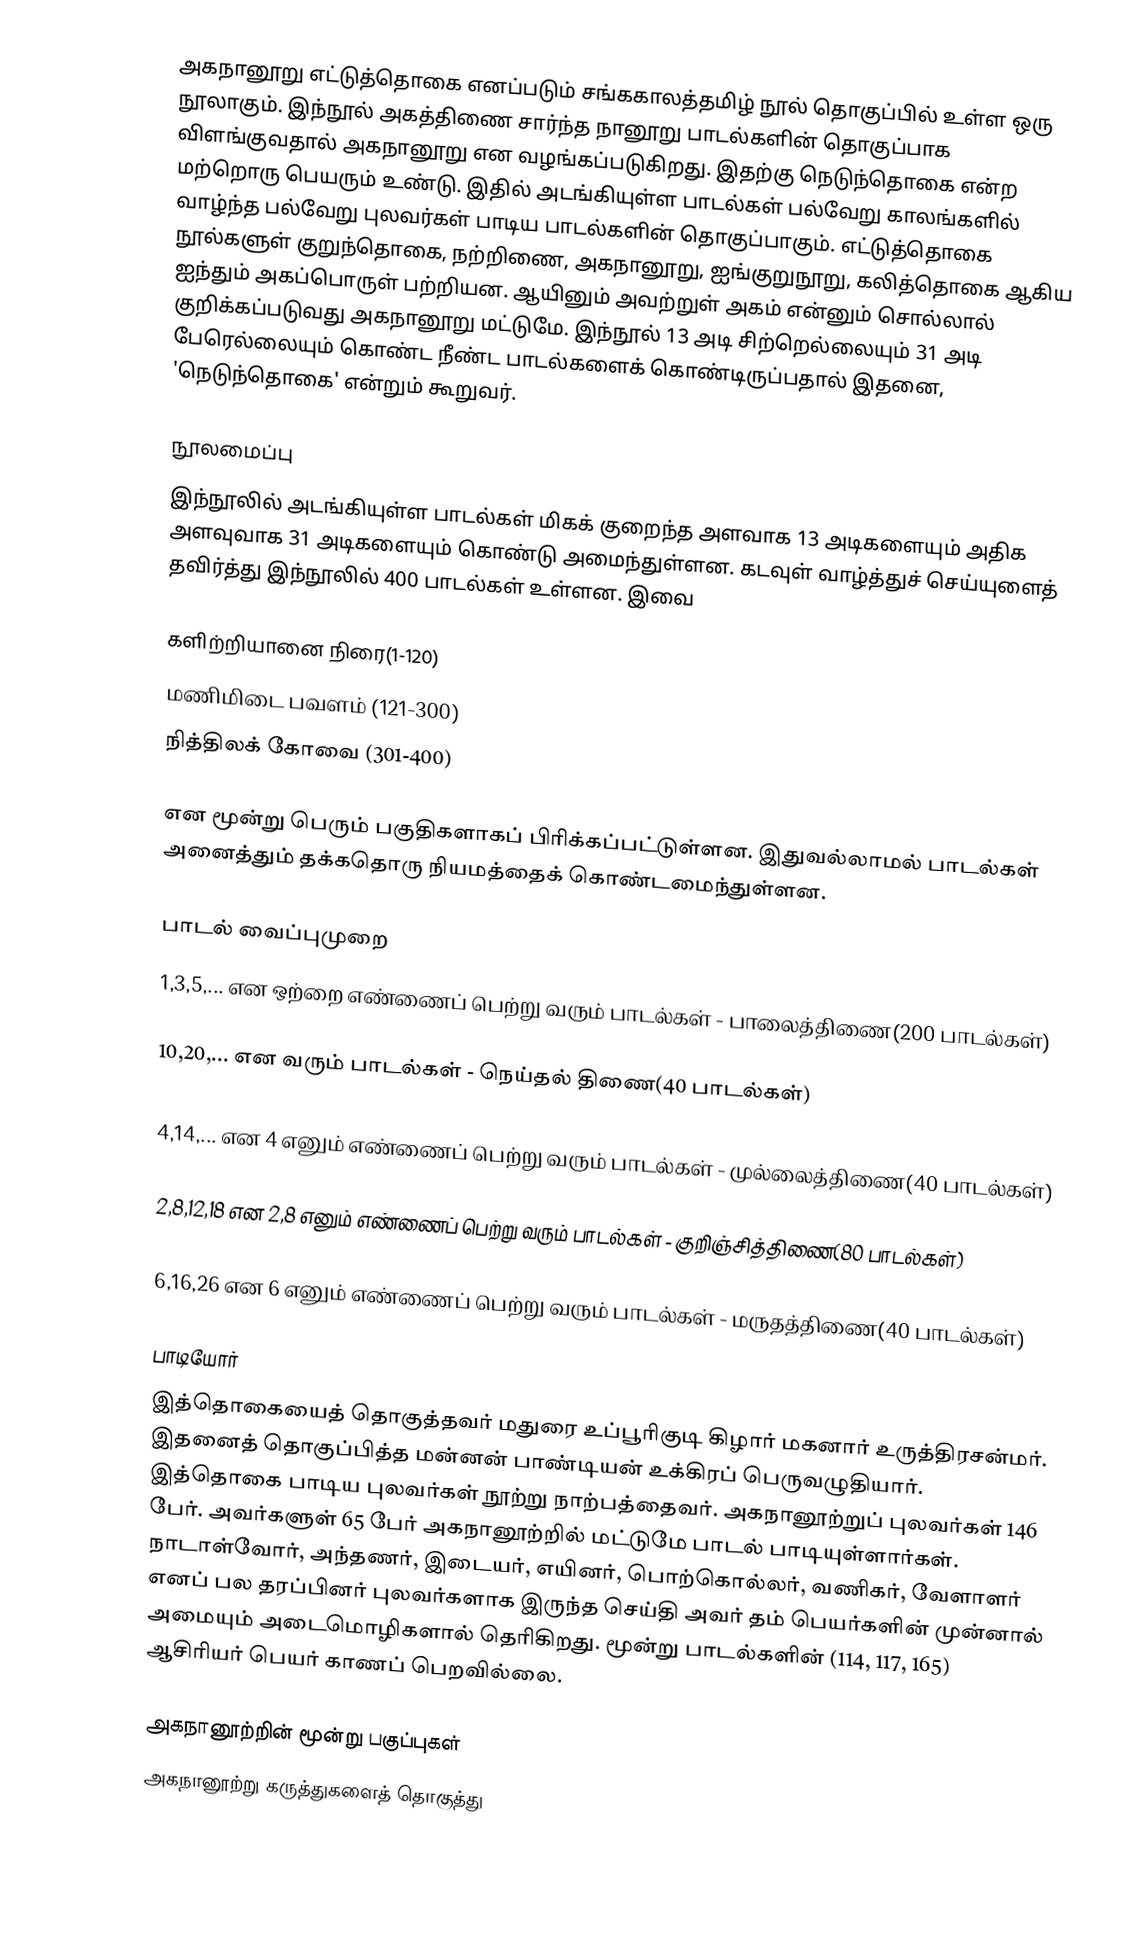
அகநானூறு  எட்டுத்தொகை எனப்படும் சங்ககாலத்தமிழ் நூல் தொகுப்பில் உள்ள ஒரு நூலாகும். இந்நூல் அகத்திணை சார்ந்த நானூறு பாடல்களின் தொகுப்பாக விளங்குவதால்  அகநானூறு என வழங்கப்படுகிறது. இதற்கு நெடுந்தொகை என்ற மற்றொரு பெயரும் உண்டு. இதில் அடங்கியுள்ள பாடல்கள் பல்வேறு காலங்களில் வாழ்ந்த பல்வேறு புலவர்கள் பாடிய பாடல்களின் தொகுப்பாகும். எட்டுத்தொகை நூல்களுள் குறுந்தொகை, நற்றிணை, அகநானூறு, ஐங்குறுநூறு, கலித்தொகை ஆகிய ஐந்தும் அகப்பொருள் பற்றியன. ஆயினும் அவற்றுள் அகம் என்னும் சொல்லால் குறிக்கப்படுவது அகநானூறு மட்டுமே. இந்நூல் 13 அடி சிற்றெல்லையும் 31 அடி பேரெல்லையும் கொண்ட நீண்ட பாடல்களைக் கொண்டிருப்பதால் இதனை, 'நெடுந்தொகை'  என்றும்  கூறுவர்.

நூலமைப்பு
இந்நூலில் அடங்கியுள்ள பாடல்கள் மிகக் குறைந்த அளவாக 13 அடிகளையும் அதிக அளவுவாக 31 அடிகளையும் கொண்டு அமைந்துள்ளன. கடவுள் வாழ்த்துச் செய்யுளைத் தவிர்த்து இந்நூலில் 400 பாடல்கள் உள்ளன. இவை

 களிற்றியானை நிரை(1-120)
 மணிமிடை பவளம் (121-300)
 நித்திலக் கோவை (301-400)

என மூன்று பெரும் பகுதிகளாகப் பிரிக்கப்பட்டுள்ளன. இதுவல்லாமல் பாடல்கள் அனைத்தும் தக்கதொரு நியமத்தைக் கொண்டமைந்துள்ளன.

பாடல் வைப்புமுறை
1,3,5,... என ஒற்றை எண்ணைப் பெற்று வரும் பாடல்கள் - பாலைத்திணை(200 பாடல்கள்)

10,20,... என வரும் பாடல்கள்  - நெய்தல் திணை(40 பாடல்கள்)

4,14,... என 4 எனும் எண்ணைப் பெற்று வரும் பாடல்கள் - முல்லைத்திணை(40 பாடல்கள்)

2,8,12,18 என 2,8 எனும் எண்ணைப் பெற்று வரும் பாடல்கள் - குறிஞ்சித்திணை(80 பாடல்கள்)

6,16,26 என 6 எனும் எண்ணைப் பெற்று வரும் பாடல்கள் - மருதத்திணை(40 பாடல்கள்)

பாடியோர்
இத்தொகையைத் தொகுத்தவர் மதுரை உப்பூரிகுடி கிழார் மகனார் உருத்திரசன்மர். இதனைத் தொகுப்பித்த மன்னன் பாண்டியன் உக்கிரப் பெருவழுதியார். இத்தொகை பாடிய புலவர்கள் நூற்று நாற்பத்தைவர். அகநானூற்றுப் புலவர்கள் 146 பேர். அவர்களுள் 65 பேர் அகநானூற்றில் மட்டுமே பாடல் பாடியுள்ளார்கள். நாடாள்வோர், அந்தணர், இடையர், எயினர், பொற்கொல்லர், வணிகர், வேளாளர் எனப் பல தரப்பினர் புலவர்களாக இருந்த செய்தி அவர் தம் பெயர்களின் முன்னால் அமையும் அடைமொழிகளால் தெரிகிறது. மூன்று பாடல்களின் (114, 117, 165) ஆசிரியர் பெயர் காணப் பெறவில்லை.

அகநானூற்றின் மூன்று பகுப்புகள்
அகநானூற்று கருத்துகளைத் தொகுத்து